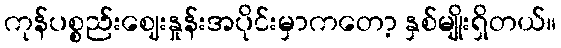
ကုန်ပစ္စည်းဈေးနှုန်းအပိုင်းမှာကတော့ နှစ်မျိုးရှိတယ်။